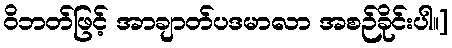
ဝိဘတ်ဖြင့် အာချာတ်ပဒမာလာ အစဉ်ခိုင်းပါ။]